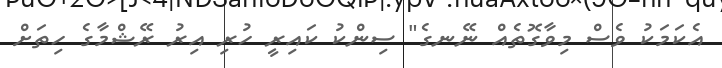
އެކަމަކު ވެސް މިވާގޮތެއް ނޭނގެ" ސިންކު ކައިރީ ހުރި އިރު ރޭޝްމާގެ ހިތަށް